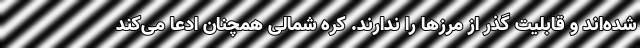
شده‌اند و قابلیت گذر از مرزها را ندارند. کره شمالی همچنان ادعا می‌کند